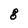
Character: 8